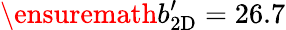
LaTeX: \ensuremath{b_{\mathrm{2D}}^{\prime}}=26.7